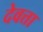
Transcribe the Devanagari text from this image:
देवत्ता